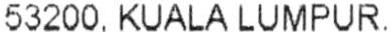
53200, KUALA LUMPUR,